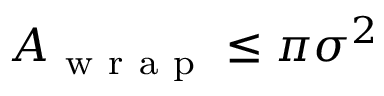
A _ { \mathrm { ~ w ~ r ~ a ~ p ~ } } \leq \pi \sigma ^ { 2 }